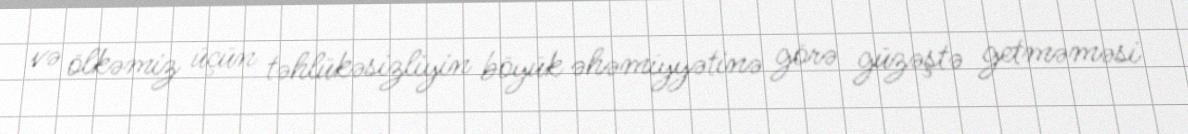
və ölkəmiz üçün təhlükəsizliyin böyük əhəmiyyətinə görə güzəştə getməməsi